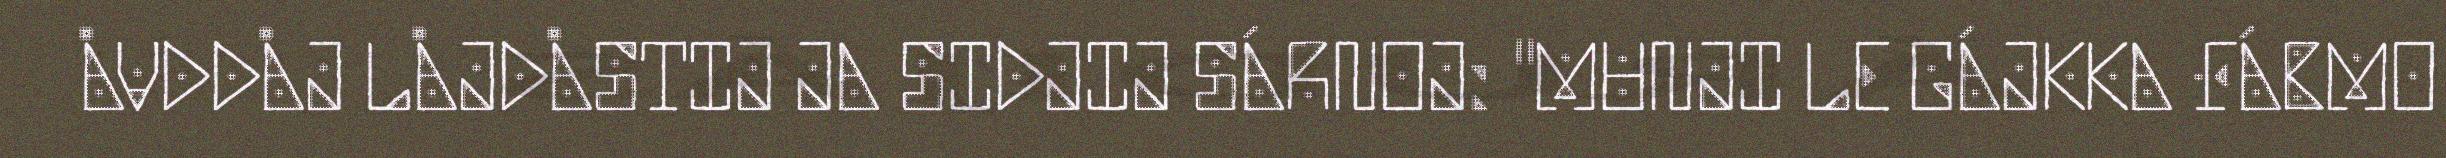
ÅVDDÅJ LÅJDÅSTIJ JA SIDJIJ SÁRNOJ: "MUNJI LE GÁJKKA FÁBMO